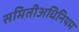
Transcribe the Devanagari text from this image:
समितीअधिनियम